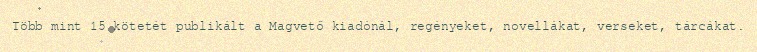
Több mint 15 kötetét publikált a Magvető kiadónál, regényeket, novellákat, verseket, tárcákat.